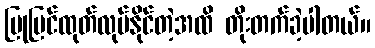
ပြုပြင်ထုတ်လုပ်နိုင်တဲ့အထိ တိုးတက်ခဲ့ပါတယ်။